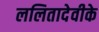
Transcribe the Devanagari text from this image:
ललितादेवीके